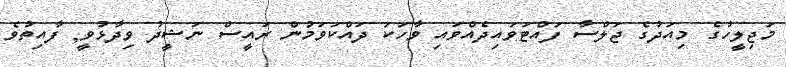
މަޖިލީހުގެ މިއަދުގެ ޖަލްސާ ފައްޓަވައިދެއްވައި ވާހަކަ ދައްކަވަމުން ރައީސް ނަޝީދު ވިދާޅުވީ